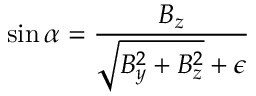
\sin \alpha = \frac { B _ { z } } { \sqrt { B _ { y } ^ { 2 } + B _ { z } ^ { 2 } } + \epsilon }